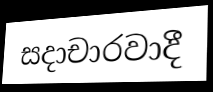
සදාචාරවාදී